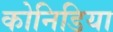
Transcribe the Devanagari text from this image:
कोनिडिया